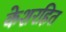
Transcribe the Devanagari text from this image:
केशरहित